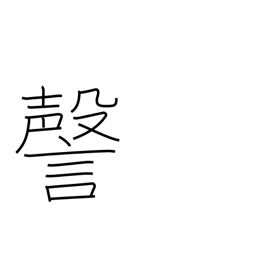
Meaning: coughing